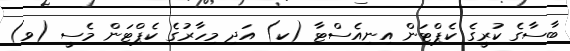
ބާސާގެ ކުރީގެ ކެޕްޓަން އިނިއެސްޓާ (ކ) އަދި މިހާރުގެ ކެޕްޓަން މެސީ (ވ)